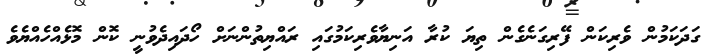
ގަދަކަމުން ވެރިކަން ފޭރިގަނެގެން ތިޔަ ކުރާ އަނިޔާވެރިކަމުގައި ރައްޔިތުންނަށް ހޯދައިދެވުނީ ކޮން މޮޅެއްހެއްޔެވެ